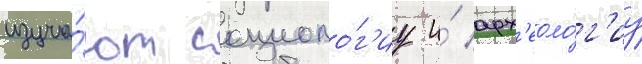
изуча́ют социоло́г'иу и́ арх'еоло́г'иу